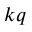
^ { k q }